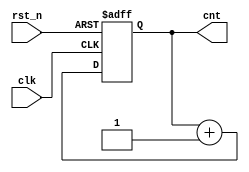
module count_sar(clk, rst_n, cnt);
    input clk, rst_n;
    output [9:0] cnt;
    reg [9:0] cnt;

    always @(posedge clk, negedge rst_n)
    begin
        if (!rst_n) cnt <= 10'b0;
        else cnt <= cnt + 1'b1;
    end
endmodule